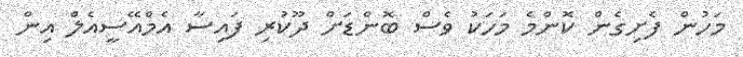
މަހުން ފެށިގެން ކޮންމެ މަހަކު ވެސް ބޮންޑަށް ދޫކުރި ފައިސާ އެމްއޭސީއެލް އިން